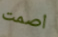
اصمت